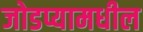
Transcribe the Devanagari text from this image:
जोडप्यामधील